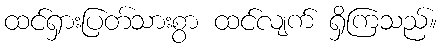
ထင်ရှားပြတ်သားစွာ ထင်လျက် ရှိကြသည်။